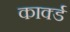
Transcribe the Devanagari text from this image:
कार्क्ड